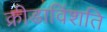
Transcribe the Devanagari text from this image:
क्रीडाविंशति